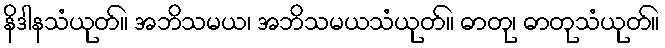
နိဒါနသံယုတ်။ အဘိသမယ၊ အဘိသမယသံယုတ်။ ဓာတု၊ ဓာတုသံယုတ်။